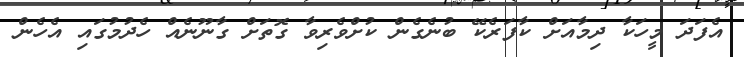
އެފަދަ މީހަކާ ދިމާއަށް ކާފަރެކޭ ބުނެގެން ކުށްވެރިވާ ގޮތަށް ގާނޫނެއް ހެދުމުގައި އެހެން